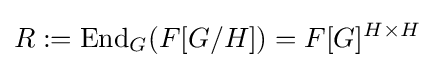
R:=\operatorname {End} _{G}(F[G/H])=F[G]^{H\times H}